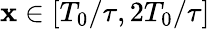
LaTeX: \mathbf{x}\in[T_{0}/\tau,2T_{0}/\tau]